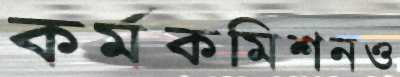
কর্মকমিশনও